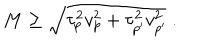
LaTeX: M \geq \sqrt { \tau _ { p } ^ { 2 } v _ { p } ^ { 2 } + \tau _ { p ^ { \prime } } ^ { 2 } v _ { p ^ { \prime } } ^ { 2 } } \ .